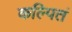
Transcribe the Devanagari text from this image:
कल्पितं